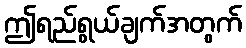
ဤရည်ရွယ်ချက်အတွက်